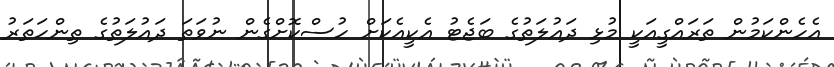
އެހެންކަމުން ތަރައްގީއަކީ މުޅި ދައުލަތުގެ ބަޖެޓު އެކީއެކަށް ހުސްކޮށްގެން ނުވަތަ ދައުލަތުގެ ތިންހަތަރު